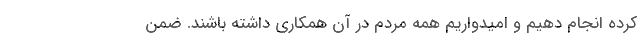
کرده انجام دهیم و امیدواریم همه مردم در آن همکاری داشته باشند. ضمن